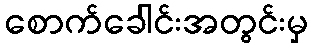
စောက်ခေါင်းအတွင်းမှ